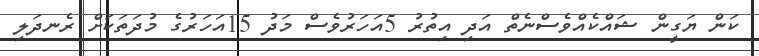
ކަން ޔަގީން ޝައްކެއްވެސްނެތް އަދި އިތުރު 5އަހަރުވެސް މަދު 15އަހަރުގެ މުދަތަކަށް ރެނދަލި